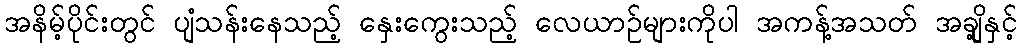
အနိမ့်ပိုင်းတွင် ပျံသန်းနေသည့် နှေးကွေးသည့် လေယာဉ်များကိုပါ အကန့်အသတ် အချို့နှင့်